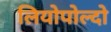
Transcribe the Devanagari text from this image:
लियोपोल्दो